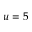
u = 5